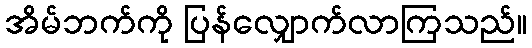
အိမ်ဘက်ကို ပြန်လျှောက်လာကြသည်။